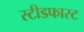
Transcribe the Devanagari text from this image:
स्टीडफास्ट